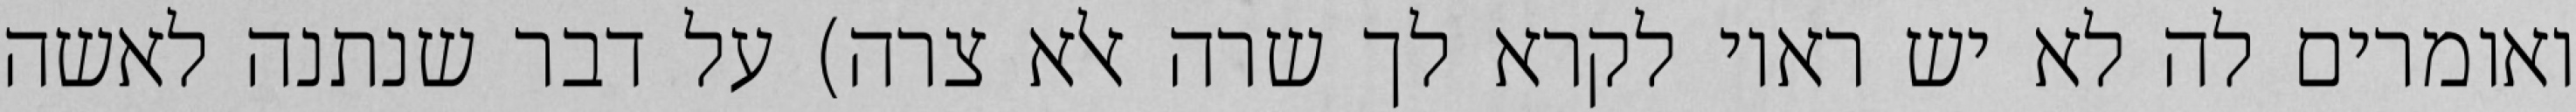
ואומרים לה לא יש ראוי לקרא לך שרה אלא צרה) על דבר שנתנה לאשה